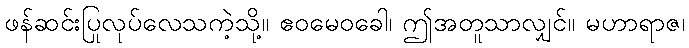
ဖန်ဆင်းပြုလုပ်လေသကဲ့သို့။ ဧဝမေဝခေါ၊ ဤအတူသာလျှင်။ မဟာရာဇ၊